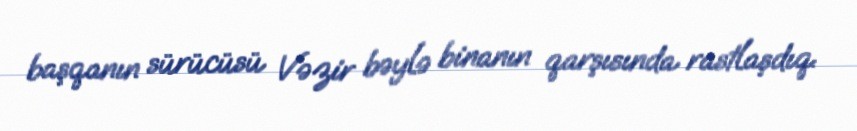
başqanın sürücüsü Vəzir bəylə binanın qarşısında rastlaşdıq.